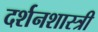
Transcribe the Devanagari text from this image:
दर्शनशास्‍त्री